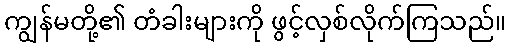
ကျွန်မတို့၏ တံခါးများကို ဖွင့်လှစ်လိုက်ကြသည်။